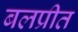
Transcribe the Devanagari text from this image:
बलप्रीत